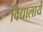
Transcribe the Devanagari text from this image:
विद्यालायें